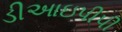
ડીઆઇપીપી